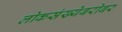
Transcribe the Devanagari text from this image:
लोकसंख्येबरोबर